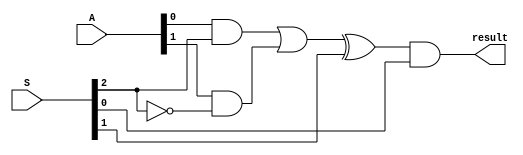
`timescale 1ns / 1ps
module MCU(
    input [1:0] A,
	input [2:0] S,
	output result
	);
	assign result = (((A[0]&S[2] | A[1]&(~S[2])) ^ S[1]) & S[0] );	
endmodule